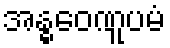
အန္ဓဝေဏူပမံ